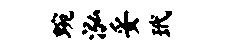
蜿泓妥玳